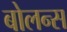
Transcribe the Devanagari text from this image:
बोलन्स